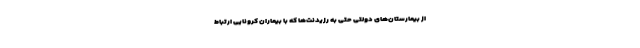
از بیمارستان‌های دولتی حتی به رزیدنت‌ها که با بیماران کرونایی ارتباط